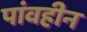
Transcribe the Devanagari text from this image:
पांवहीन